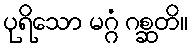
ပုရိသော မဂ္ဂံ ဂစ္ဆတိ။